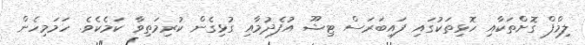
ލިމްފް ގޮށްތަކާއި ހޮޅިތަކުގައި ފައިބަރަސް ޓިޝޫ އުފެދުމާއި ގުޅިގެން ކުރިމަތިވާ ކަމެކެވެ. ހަމަމިހެން